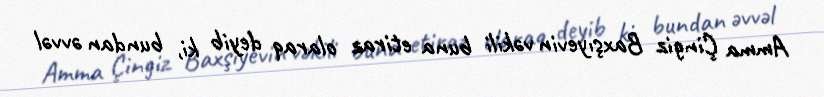
Amma Çingiz Baxşıyevin vəkili buna etiraz olaraq deyib ki, bundan əvvəl